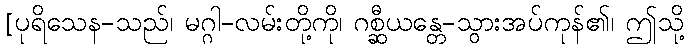
[ပုရိသေန-သည်၊ မဂ္ဂါ-လမ်းတို့ကို၊ ဂစ္ဆီယန္တေ-သွားအပ်ကုန်၏၊ ဤသို့